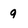
Character: 9